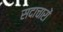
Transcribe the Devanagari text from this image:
सदाचारों